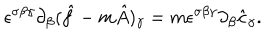
\epsilon ^ { \sigma \beta \gamma } \partial _ { \beta } ( \hat { f } - m \hat { A } ) _ { \gamma } = m \epsilon ^ { \sigma \beta \gamma } \partial _ { \beta } \hat { c } _ { \gamma } .